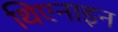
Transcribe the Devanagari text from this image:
थिएनाइन